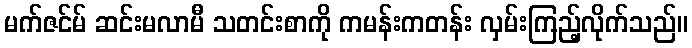
မက်ဇင်မ် ဆင်းမလာမီ သတင်းစာကို ကမန်းကတန်း လှမ်းကြည့်လိုက်သည်။